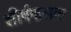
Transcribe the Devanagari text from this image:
शीर्षफलक